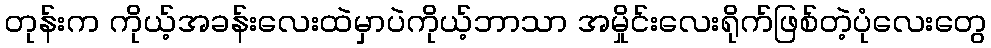
တုန်းက ကိုယ့်အခန်းလေးထဲမှာပဲကိုယ့်ဘာသာ အမှိုင်းလေးရိုက်ဖြစ်တဲ့ပုံလေးတွေ